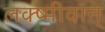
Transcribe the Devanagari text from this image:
लक्ष्मीवान्